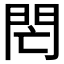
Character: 𨳑